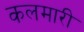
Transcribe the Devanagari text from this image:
कलमारी